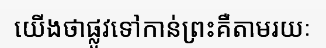
យើងថាផ្លូវទៅកាន់ព្រះគឺតាមរយៈ